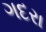
ગદરા